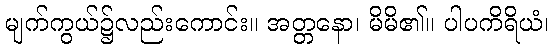
မျက်ကွယ်၌လည်းကောင်း။ အတ္တနော၊ မိမိ၏။ ပါပကိရိယံ၊